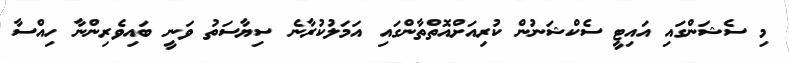
މި ސެޝަންގައި އައިޓީ ސެކްޝަނުން ކުރިއަށްއޮތްތާންގައި އަމަލުކުރާނެ ސިޔާސަތު ވަނީ ބައިވެރިންނާ ހިއްސާ